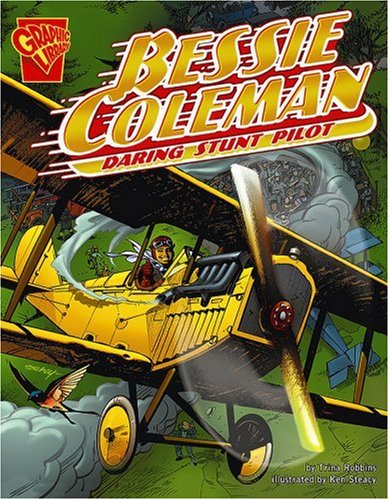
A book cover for Bessie Coleman: Daring Stunt Pilot (Graphic Biographies); Trina Robbins; Children's Books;